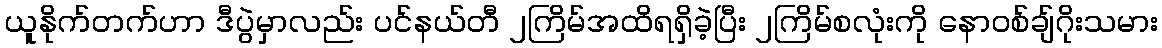
ယူနိုက်တက်ဟာ ဒီပွဲမှာလည်း ပင်နယ်တီ ၂ကြိမ်အထိရရှိခဲ့ပြီး ၂ကြိမ်စလုံးကို နောဝစ်ချ်ဂိုးသမား